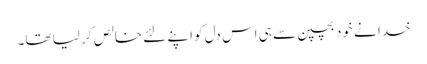
خدا نے خود بچپن سے ہی اس دل کو اپنے لئے خالص کر لیا تھا۔